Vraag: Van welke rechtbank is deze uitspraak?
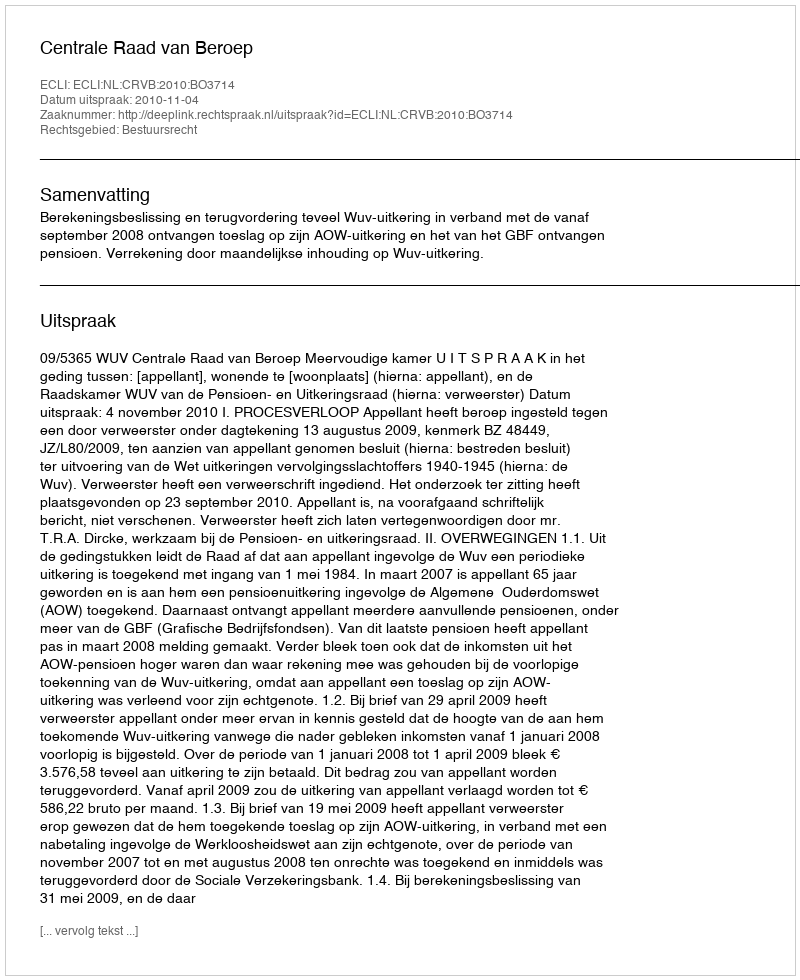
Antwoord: Centrale Raad van Beroep